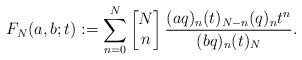
LaTeX: \begin{align*}F_{N}(a,b;t):=\sum_{n=0}^{N}\left[\begin{matrix} N\\n\end{matrix}\right]\frac{(a q)_{n}(t)_{N-n}(q)_n t^{n}}{(b q)_{n}(t)_N }.\end{align*}